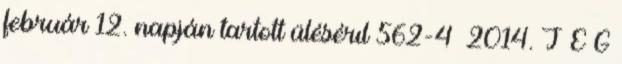
február 12. napján tartott ülésérıl 562-4 2014. J E G